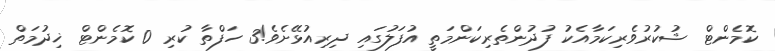
ކޮމެންޓް ޝުކުރުވެރިކަމާއެކު ފުދުންތެރިކަންމަތީ އުފަލުގައި ދިރިއުޅޭށެވެ!3 ހަފްތާ ކުރި 0 ކޮމެންޓް ޚިދުމަތް